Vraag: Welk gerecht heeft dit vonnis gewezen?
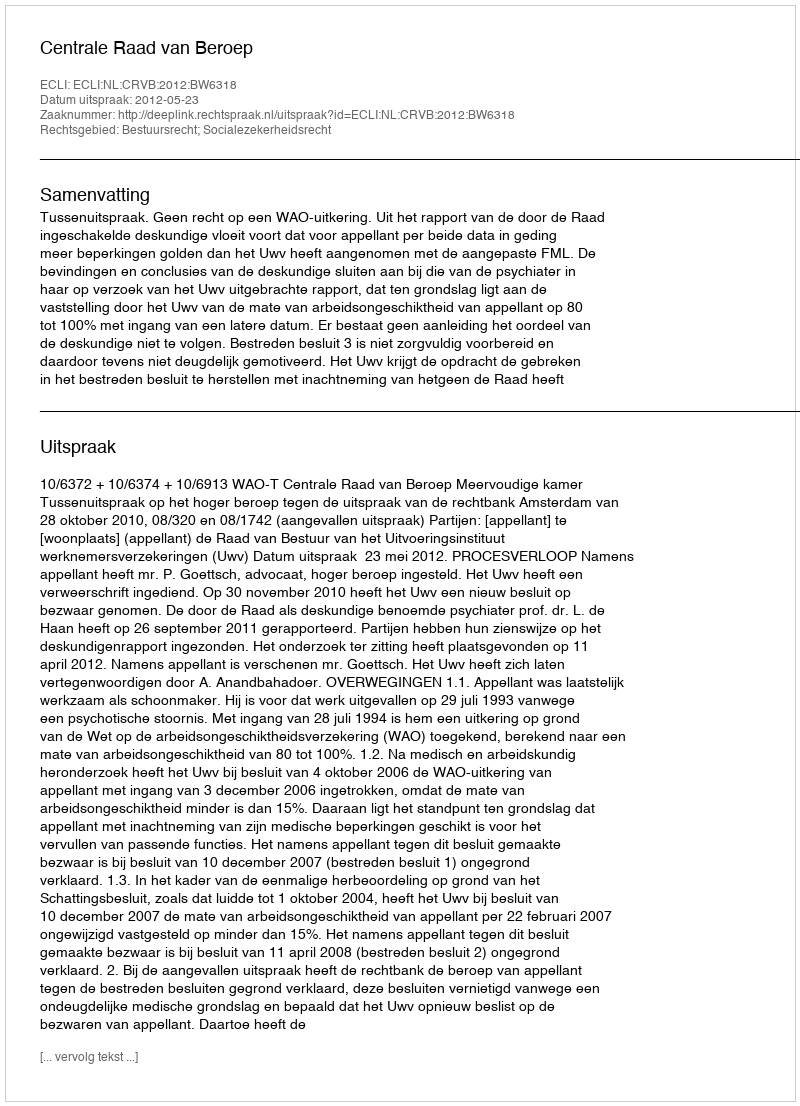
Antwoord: Centrale Raad van Beroep